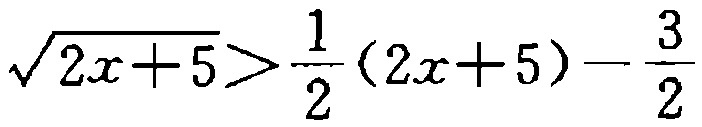
\(\sqrt{2x + 5}>\frac{1}{2}(2x + 5)-\frac{3}{2}\)